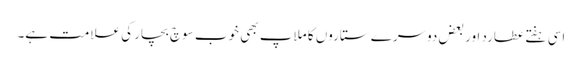
اسی ہفتے عطارد اور بعض دوسرے ستاروں کا ملاپ بھی خوب سوچ بچار کی علامت ہے۔